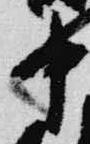
中